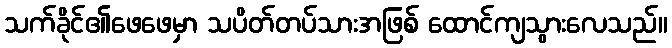
သက်ခိုင်၏ဖေဖေမှာ သပိတ်တပ်သားအဖြစ် ထောင်ကျသွားလေသည်။